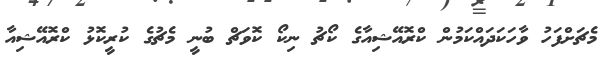
މެޗަށްފަހު ވާހަކަދައްކަމުން ކްރޮއޭޝިއާގެ ކޯޗު ނިކޯ ކޮވަޗް ބުނީ މެޗުގެ ކުރީކޮޅު ކްރޮއޭޝިއާ